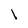
Character: 1